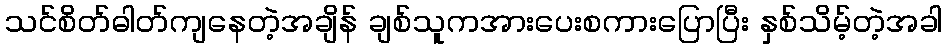
သင်စိတ်ဓါတ်ကျနေတဲ့အချိန် ချစ်သူကအားပေးစကားပြောပြီး နှစ်သိမ့်တဲ့အခါ